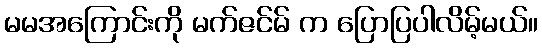
မမအကြောင်းကို မက်ဇင်မ် က ပြောပြပါလိမ့်မယ်။